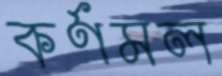
কর্ণমল